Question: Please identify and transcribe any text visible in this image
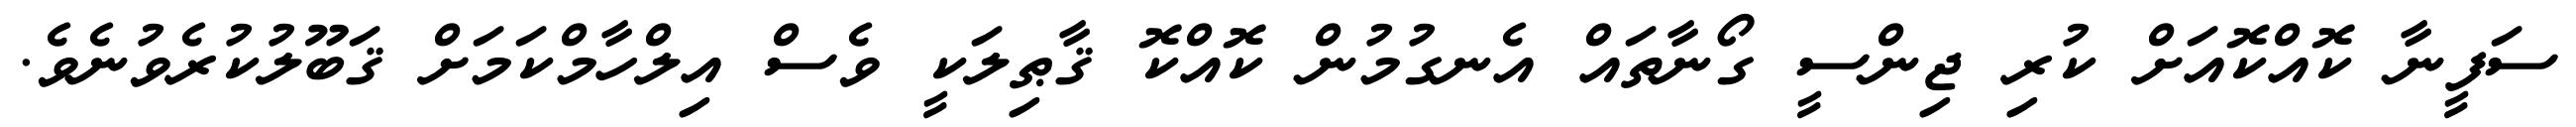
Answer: ސަފީނާ ކޮއްކޮއަށް ކުރި ޖިންސީ ގޯނާތައް އެނގުމުން ކޮއްކޮ ޤާޠިލަކީ ވެސް އިލްހާމްކަމަށް ޤަބޫލުކުރެވުނެވެ.